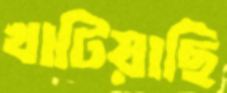
খাটিয়াছি